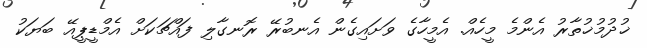
ޚުދުމުޚުތާރު އެންމެ މީހެއް. އެމީހާގެ ވަށައިގެން އެނބުރޭ ރޮނގާލި ފައްޗަކަށް އެމްޑީޕީއޭ ބަޔަކު